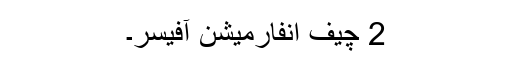
2 چیف انفارمیشن آفیسر۔